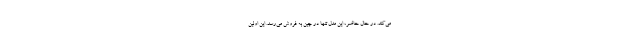
می‌کند. در حال حاضر، این مدل تنها در چین به فروش می‌رسد. این اولین